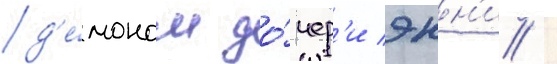
д'е́моном до́чер'и энн'и /